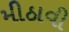
મીઠાવી